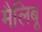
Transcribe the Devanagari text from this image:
मैलिबू